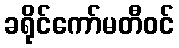
ခရိုင်ကော်မတီဝင်